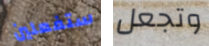
ستفعلين وتجعل